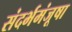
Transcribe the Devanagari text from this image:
संदर्भमंजूषा